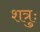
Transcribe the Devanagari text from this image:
शत्रुः